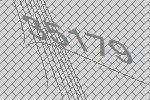
35179